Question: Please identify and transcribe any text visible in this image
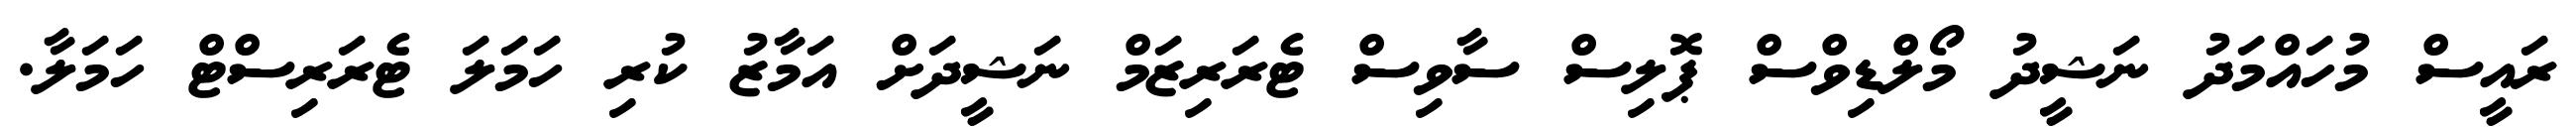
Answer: ރައީސް މުހައްމަދު ނަޝީދު މޯލްޑިވްސް ޕޮލިސް ސާވިސް ޓެރަރިޒަމް ނަޝީދަށް އަމާޒު ކުރި ހަމަލަ ޓެރަރިސްޓް ހަމަލާ.